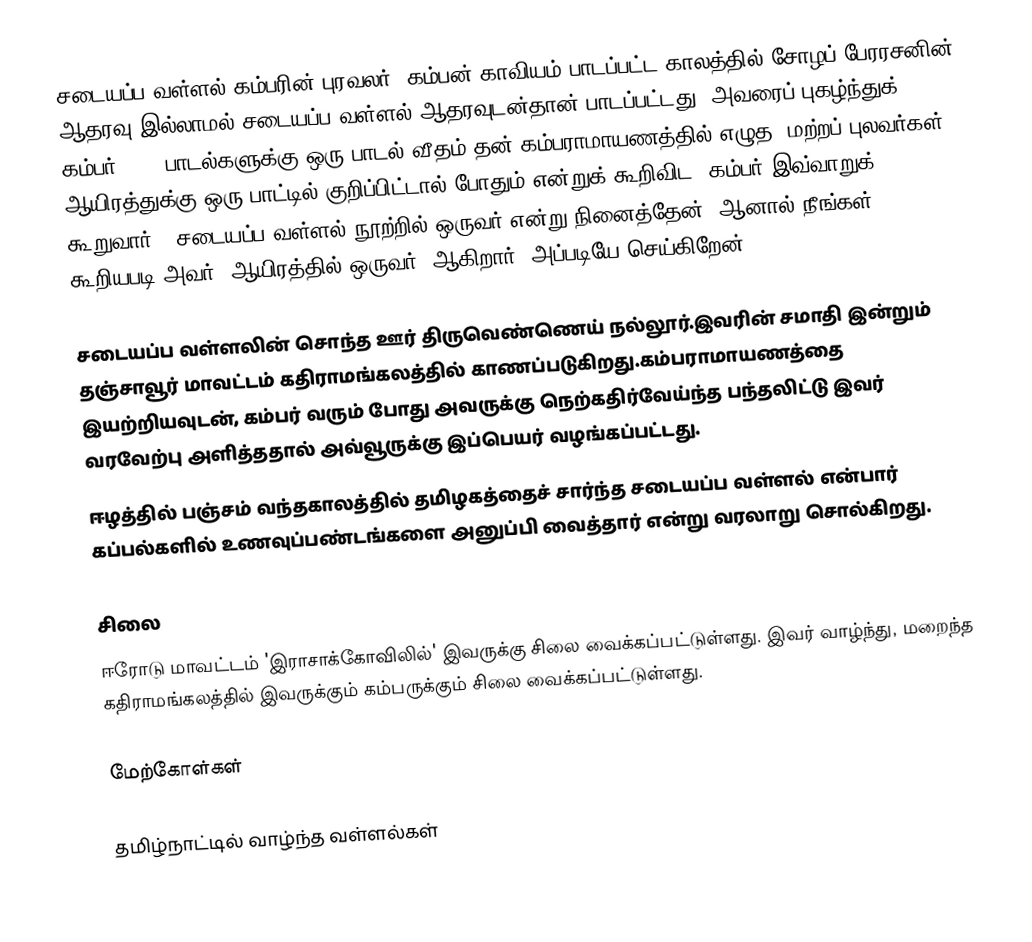
சடையப்ப வள்ளல்  கம்பரின் புரவலர். கம்பன் காவியம் பாடப்பட்ட காலத்தில் சோழப் பேரரசனின் ஆதரவு இல்லாமல் சடையப்ப வள்ளல் ஆதரவுடன்தான் பாடப்பட்டது. அவரைப் புகழ்ந்துக் கம்பர் 1000 பாடல்களுக்கு ஒரு பாடல் வீதம் தன் கம்பராமாயணத்தில் எழுத, மற்றப் புலவர்கள் ஆயிரத்துக்கு ஒரு பாட்டில் குறிப்பிட்டால் போதும் என்றுக் கூறிவிட, கம்பர் இவ்வாறுக் கூறுவார். "சடையப்ப வள்ளல் நூற்றில் ஒருவர் என்று நினைத்தேன். ஆனால் நீங்கள் கூறியபடி அவர் 'ஆயிரத்தில் ஒருவர்' ஆகிறார். அப்படியே செய்கிறேன்."

சடையப்ப வள்ளலின் சொந்த ஊர் திருவெண்ணெய் நல்லூர்.இவரின் சமாதி இன்றும் தஞ்சாவூர் மாவட்டம் கதிராமங்கலத்தில் காணப்படுகிறது.கம்பராமாயணத்தை இயற்றியவுடன், கம்பர் வரும் போது அவருக்கு நெற்கதிர்வேய்ந்த பந்தலிட்டு இவர் வரவேற்பு அளித்ததால் அவ்வூருக்கு இப்பெயர் வழங்கப்பட்டது.
ஈழத்தில் பஞ்சம் வந்தகாலத்தில் தமிழகத்தைச் சார்ந்த சடையப்ப வள்ளல் என்பார் கப்பல்களில் உணவுப்பண்டங்களை அனுப்பி வைத்தார் என்று வரலாறு சொல்கிறது.

சிலை
ஈரோடு மாவட்டம் 'இராசாக்கோவிலில்' இவருக்கு சிலை வைக்கப்பட்டுள்ளது. இவர் வாழ்ந்து, மறைந்த கதிராமங்கலத்தில் இவருக்கும் கம்பருக்கும் சிலை வைக்கப்பட்டுள்ளது.

மேற்கோள்கள்

தமிழ்நாட்டில் வாழ்ந்த வள்ளல்கள்